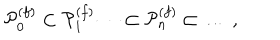
{ \cal P } _ { 0 } ^ { ( f ) } \subset { \cal P } _ { 1 } ^ { ( f ) } \dots \subset { \cal P } _ { n } ^ { ( f ) } \subset \dots \ ,